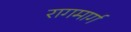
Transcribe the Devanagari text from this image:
रागमार्ग